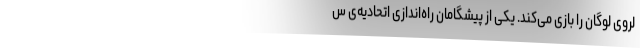
لروی لوگان را بازی می‌کند. یکی از پیشگامان راه‌اندازی اتحادیه‌ی س